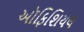
ઑફિશિયલ